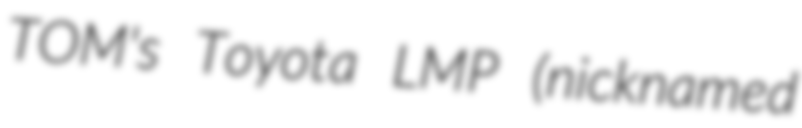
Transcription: TOM's Toyota LMP (nicknamed